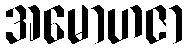
အမောဟဇာ